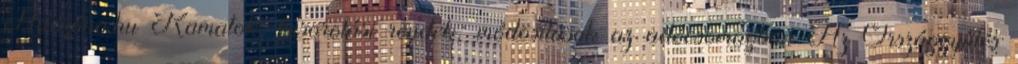
Adózóna.hu Kamatok, besorolási rendek: módosítások az adócsomagban Az Országgyűlés